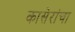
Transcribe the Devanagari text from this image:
कासेरांचा